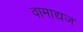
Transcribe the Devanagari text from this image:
वामाद्यज